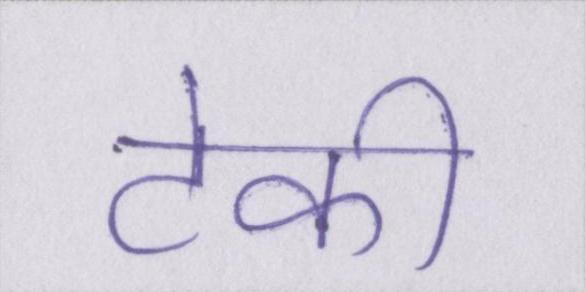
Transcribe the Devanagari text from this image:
टेकी